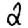
Digit: 2